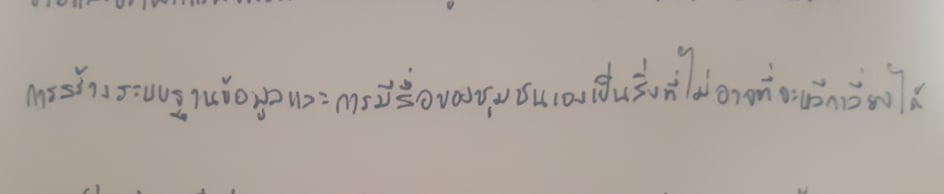
การสร้างระบบฐานข้อมูลและการมีสื่อของชุมชนเองเป็นสิ่งที่ไม่อาจที่จะหลีกเลี่ยงได้